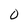
Character: 0